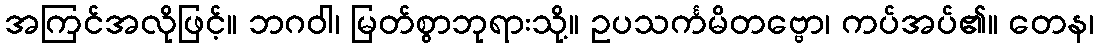
အကြင်အလိုဖြင့်။ ဘဂဝါ၊ မြတ်စွာဘုရားသို့။ ဥပသင်္ကမိတဗ္ဗော၊ ကပ်အပ်၏။ တေန၊